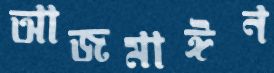
আজমাঈন